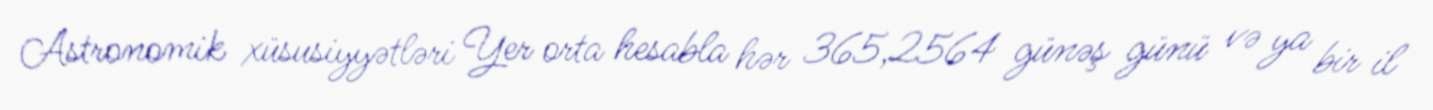
Astronomik xüsusiyyətləri Yer orta hesabla hər 365,2564 günəş günü və ya bir il